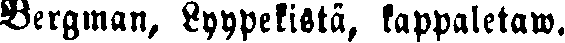
Bergman, Lyypekistä, kappaletaw.